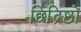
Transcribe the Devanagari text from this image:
छिद्रिष्ठों